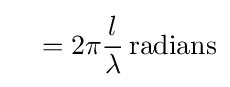
\quad =2\pi {l \over \lambda }\,{\text{radians}}